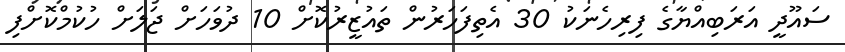
ސައޫދީ އަރަބިއްޔާގެ ފިރިހެނަކު 30 އެތިފަހަރުން ތައުޒީރުކޮށް 10 ދުވަހަށް ޖަލަށް ހުކުމްކޮށްފި